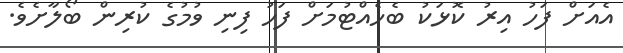
އެއަށް ފަހު އިރު ކޮޅަކު ބެހެއްޓުމަށް ފަހު ފިނި ވުމުގެ ކުރިން ބޯލާށެވެ.